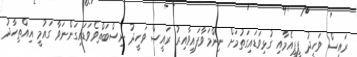
ރައީސް ވަހީދު ޕީޕީއެމާއި ގުޅިވަޑައިގަތުމަށް ނިންމަވާފައިވާއިރު ރައީސް ވަހީދު ނިސްބަތްވެވަޑައިގަންނަވާ ގައުމީ އިއްތިހާދު